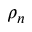
\rho _ { n }